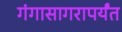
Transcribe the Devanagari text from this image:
गंगासागरापर्यंत